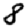
Digit: 8